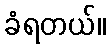
ခံရတယ်။